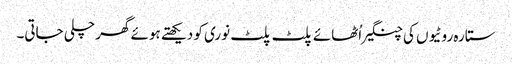
ستارہ روٹیوں کی چنگیراُٹھائے پلٹ پلٹ نوری کو دیکھتے ہوئے گھر چلی جاتی۔